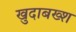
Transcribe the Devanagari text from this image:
खुदाबख्श